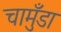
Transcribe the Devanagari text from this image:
चामुँडा